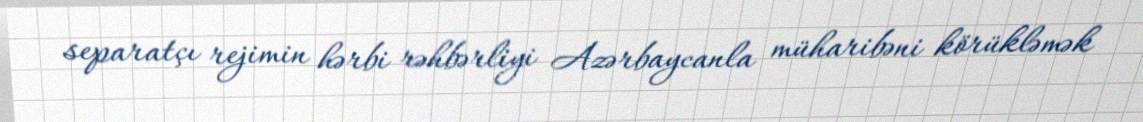
separatçı rejimin hərbi rəhbərliyi Azərbaycanla müharibəni körükləmək